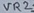
Text: VR2